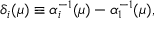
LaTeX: \delta _ { i } ( \mu ) \equiv \alpha _ { i } ^ { - 1 } ( \mu ) - \alpha _ { 1 } ^ { - 1 } ( \mu ) ,